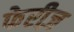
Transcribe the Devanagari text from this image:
फेरीज़